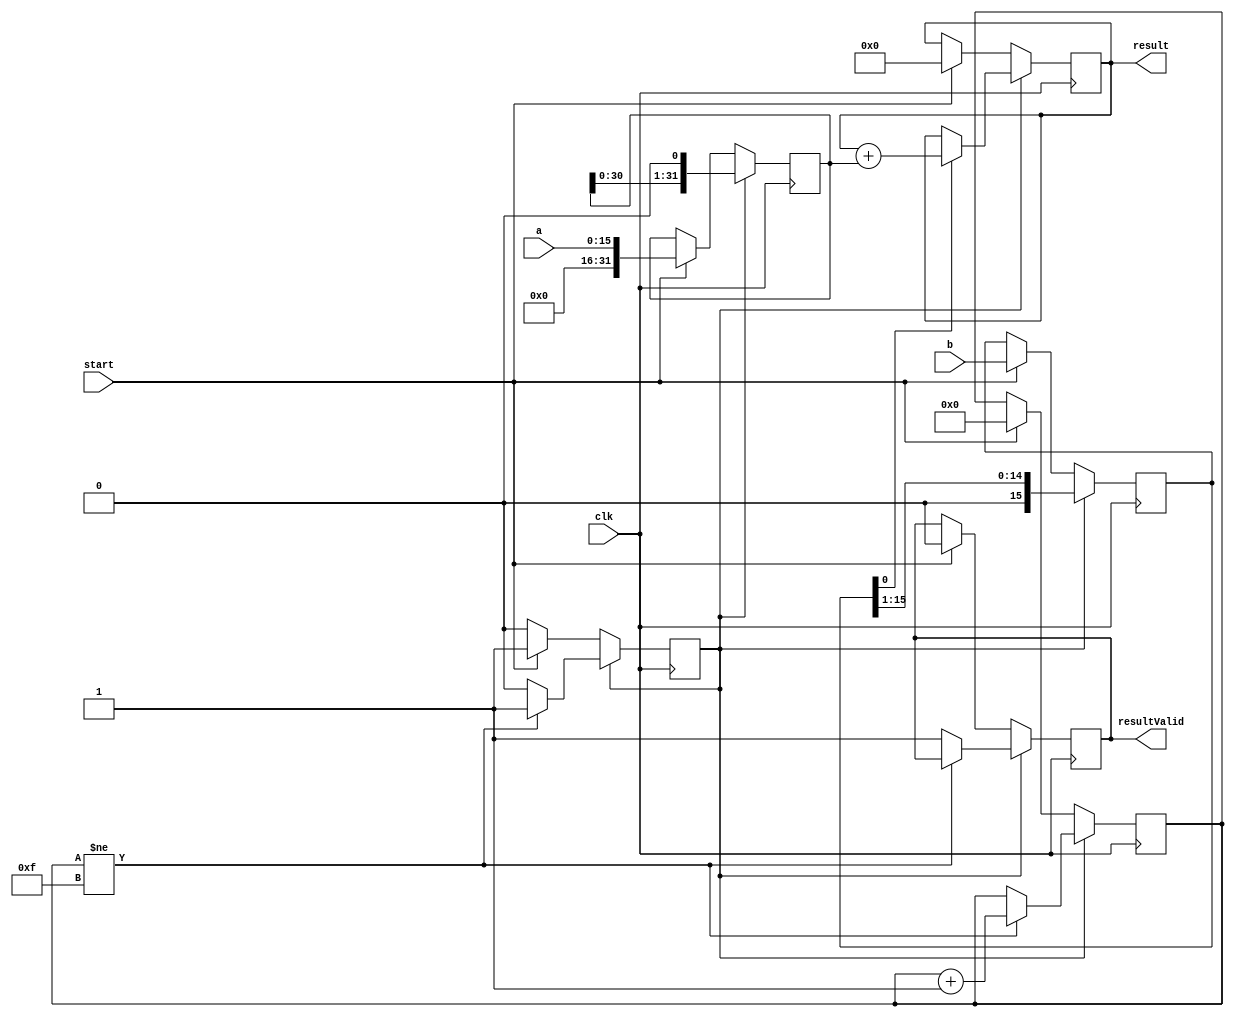
//////////////////////////////////////////////////////////////////////////////////
// Module Name: Basit 16-Bit Multiplier
// Description: Calculates the result at 16 cycles.
// Revision:
// 27.05.2020 -> Revision 0.01 - Created    (Verificated)
//////////////////////////////////////////////////////////////////////////////////

`timescale 1ns / 1ps

module Mul16Bit_CD(
    input clk,                  // Clock    
    input start,                // Start signal (Pulse)
    input [15:0] a,b,           // Multiplicand and Multiplier
    output [31:0] result,       // Product
    output reg resultValid);    // Result Valid signal (Not Pulse)
    
    reg[31:0] m_a;          // Multiplicand
    reg[15:0] m_b;          // Multiplier  
    reg[31:0] m_product;    // Product     
    reg state = 1'b0;       // 0: Waiting for data, 1: Calculating 
    reg[3:0] counter = 4'd0;
    
    always@(posedge(clk)) begin
        // If state is waiting data
        if(state == 1'b0) begin
            if(start == 1'b1) begin
                state       = 1'b1;         // Next state is calculating 
                m_a         = {16'd0, a};   // Multiplicand
                m_b         = b;            // Multiplier
                m_product   = 32'd0;        // Product
                
                resultValid = 1'b0;
                counter     = 4'd0; // Reset counter
            end
        end else begin
            // If the current multiplier digit is not zero, we can add to product
            if(m_b[0] == 1'b1) begin
                m_product   = m_product + m_a;      // Add to product            
            end
            
            m_b = m_b >> 1;             // Shift multiplier 1-bit right
            m_a = m_a << 1;             // Shift multiplicand 1-bit left
            
            // If it is not the last digit
            if(counter != 4'd15) begin
                counter = counter + 1;  // Increment counter
            end else begin
                resultValid = 1'b1;     // Result is valid
                state = 1'b0;           // Next state is idle/waiting for data
            end
        end
    end
    
    assign result = m_product; 
endmodule